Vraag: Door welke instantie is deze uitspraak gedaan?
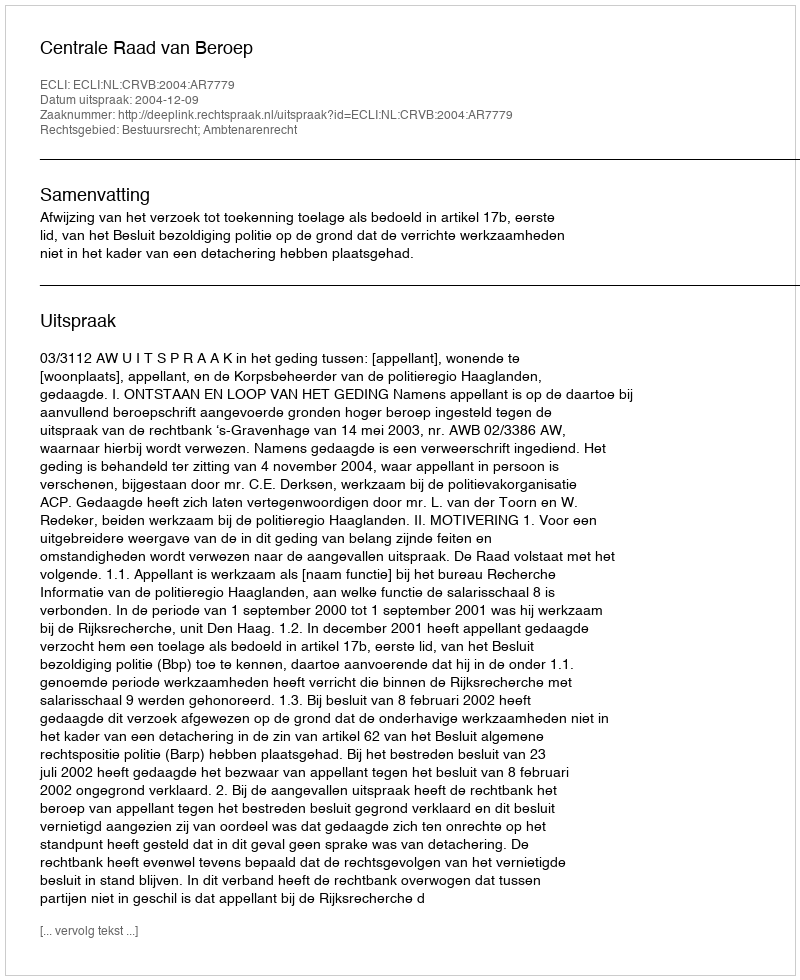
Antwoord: Centrale Raad van Beroep